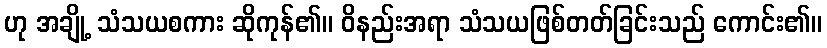
ဟု အချို့ သံသယစကား ဆိုကုန်၏။ ဝိနည်းအရာ သံသယဖြစ်တတ်ခြင်းသည် ကောင်း၏။